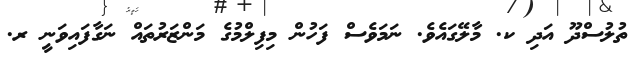
ތުލުސްދޫ އަދި ކ. މާލޭގައެވެ. ނަމަވެސް ފަހުން މިފިލްމުގެ މަންޒަރުތައް ނަގާފައިވަނީ ރ.